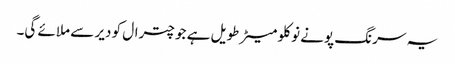
یہ سرنگ پونے نو کلو میٹر طویل ہے جو چترال کو دیر سے ملائے گی۔